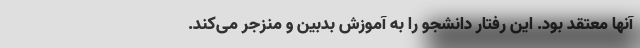
آنها معتقد بود. این رفتار دانشجو را به آموزش بدبین و منزجر می‌کند.